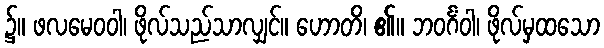
၌။ ဖလမေဝဝါ၊ ဖိုလ်သည်သာလျှင်။ ဟောတိ၊ ၏။ ဘဝင်္ဂံဝါ၊ ဖိုလ်မှထသော